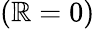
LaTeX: (\mathbb{R}=0)